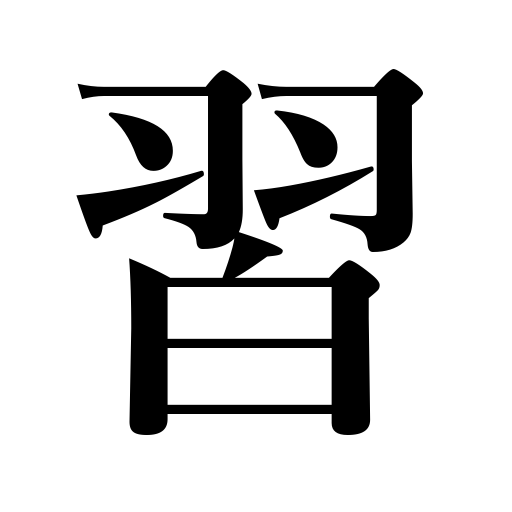
Meanings: be taught,take lessons,learn,practice